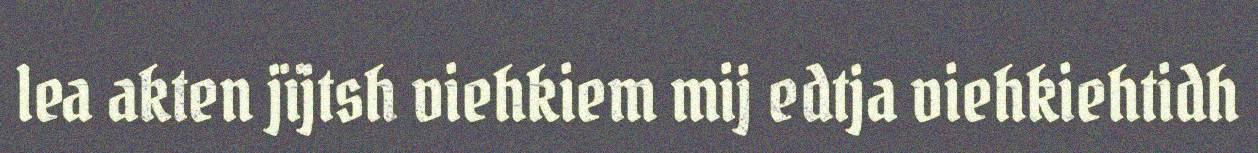
lea akten jïjtsh viehkiem mij edtja viehkiehtidh